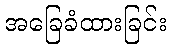
အခြေခံထားခြင်း